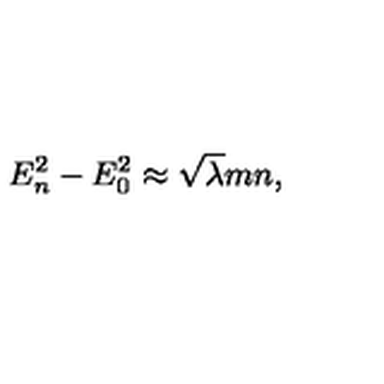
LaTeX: E _ { n } ^ { 2 } - E _ { 0 } ^ { 2 } \approx \sqrt { \lambda } m n ,